Report on horse surra - Volume I
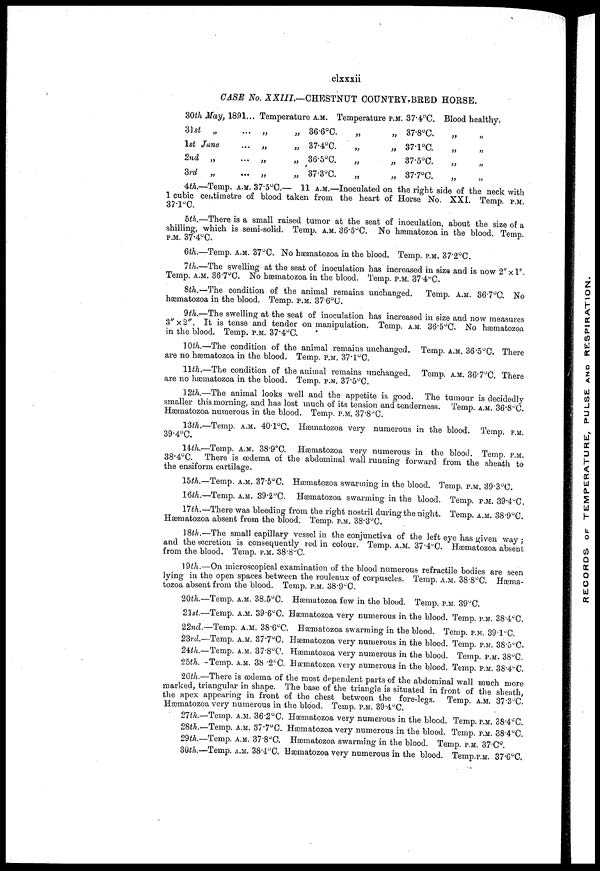
clxxxii
CASE No. XXIII—CHESTNUT COUNTRY-BRED HORSE.
30th May,
31st „
1st June
2nd „
3rd „
1891..
...
...
...
...
Temperature
„
„
„
„
A.M.
„ 36.6°C.
„ 37.4°C.
„ 36.5°C.
„ 37.3°C.
Temperature
„
„
„
„
P.M.
„
„
„
„
37.4°C.
37.8°C.
37.1°C.
37.5°C.
37.7°C.
Blood healthy.
„ „
„ „
„ „
„ „
4th.—Temp. A.M. 37.5°C.— 11 A.M.—Inoculated on the right side of the neck with
1 cubic centimetre of blood taken from the heart of Horse No. XXI. Temp. P.M.
37.l°C.
5th.—There is a small raised tumor at the seat of inoculation, about the size of a
shilling, which is semi-solid. Temp. A.M. 36.5°C. No hæmatozoa in the blood. Temp.
P.M. 37.4°C.
6th.—Temp. A.M. 37°C. No hæmatozoa in the blood. Temp. P.M. 37.2°C.
7 th.—The swelling at the seat of inoculation has increased in size and is now 2"xl".
Temp. A.M. 36.7°C. No hæmatozoa in the blood. Temp. P.M. 37.4°C.
8th.—The condition of the animal remains unchanged. Temp. A.m. 36.7°C. No
hæmatozoa in the blood. Temp. P.M. 37.6°C.
9th.—The swelling at the seat of inoculation has increased in size and now measures
3''x2". It is tense and tender on manipulation. Temp. A.M. 36.5°C. No hæmatozoa
in the blood. Temp. P.M. 37.4°C.
10th.—The condition of the animal remains unchanged. Temp. A.M. 36.5°C. There
are no hæmatozoa in the blood. Temp. P.M. 37.1°C.
11th.—The condition of the animal remains unchanged. Temp. A.M. 36.7°C. There
are no hæmatozoa in the blood. Temp. P.M. 37.5°C.
12th.—The animal looks well and the appetite is good. The tumour is decidedly-
smaller this morning, and has lost much of its tension and tenderness. Temp. A.M. 36.8°C.
Hæmatozoa numerous in the blood. Temp. P.M. 37.8°C.
13th.—Temp. A.M. 40.1°C. Hæmatozoa very numerous in the blood. Temp, P.M.
39.4°C.
14th.—Temp. A.M. 38.9°C. Hæmatozoa very numerous in the blood. Temp. P.M.
38.4°C. There is oedema of the abdominal wall running forward from the sheath to
the ensiform cartilage.
15th.—Temp. A.M. 37.5°C. Hæmatozoa swarming in the blood. Temp. P.M. 39.3°C.
16th.—Temp. A.M. 39.2°C. Hæmatozoa swarming in the blood. Temp. P.M. 39.4°C.
17th.—There was bleeding from the right nostril during the night. Temp. A.M. 38.9°C.
Hæmatozoa absent from the blood. Temp. P.M. 38.3°C.
18th.—The small capillary vessel in the conjunctiva of the left eye has given way.;
and the secretion is consequently red in colour. Temp. A.M. 37.4°C. Hæmatozoa absent
from the blood. Temp. P.M. 38.8°C.
19th.—On microscopical examination of the blood numerous retractile bodies are seen
lying in the open spaces between the rouleaux of corpuscles. Temp. A.M. 38.8°C. Hæma-
tozoa absent from the blood. Temp. P.M. 38.9°C.
20th.—Temp. A.M. 38.5°C. Hæmatozoa few in the blood. Temp. P.M. 39°C.
21st.—Temp. A.M. 39.6°C. Hæmatozoa very numerous in the blood. Temp. P.M. 38.4°C.
22nd.—Temp. A.M. 38.6°C. Hæmatozoa swarming in the blood. Temp. P.M. 39.1°C.
23rd.—Temp. A.M. 37.7°C. Hæmatozoa very numerous in the blood. Temp. P.M. 38.5°C.
24th.—Temp. A.M. 87.8°C. Hæmatozoa very numerous in the blood. Temp. P.M. 38°C.
25th. -Temp. A.M. 38 .2°C. Hæmatozoa very numerous in the blood. Temp. P.M. 38.4°C.
26th.—There is oedema of the most dependent parts of the abdominal wall much more
marked, triangular in shape. The base of the triangle is situated in front of the sheath,
the apex appearing in front of the chest between the fore-legs. Temp. A.M. 37.3°C.
Hæmatozoa very numerous in the blood. Temp. P.M. 39.4°C.
27th.—Temp. A.M. 36.2°C. Hæmatozoa very numerous in the blood. Temp. P.M. 38.4°C.
28th.—Temp. A.M. 37.7°C. Hæmatozoa very numerous in the blood. Temp. P.M. 38.4°C.
29th.—Temp. A.M. 37.8°C. Hæmatozoa swarming in the blood. Temp. P.M. 37.C°.
30th.—Temp. A.M. 38.4°C. Hæmatozoa very numerous in the blood. Temp.P.M. 37.6°C.